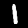
Label: 1